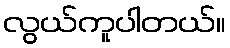
လွယ်ကူပါတယ်။